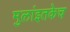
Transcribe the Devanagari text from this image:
मुलांइतकेच